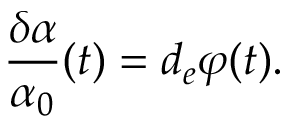
\frac { \delta \alpha } { \alpha _ { 0 } } ( t ) = d _ { e } \varphi ( t ) .